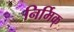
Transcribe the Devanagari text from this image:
निर्मिक्